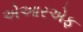
એઆરએફ